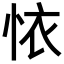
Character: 𢙇